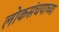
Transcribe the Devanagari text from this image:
लोकसंचयाच्या